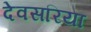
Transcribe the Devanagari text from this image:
देवसरिया